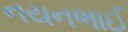
નયનભાઈ